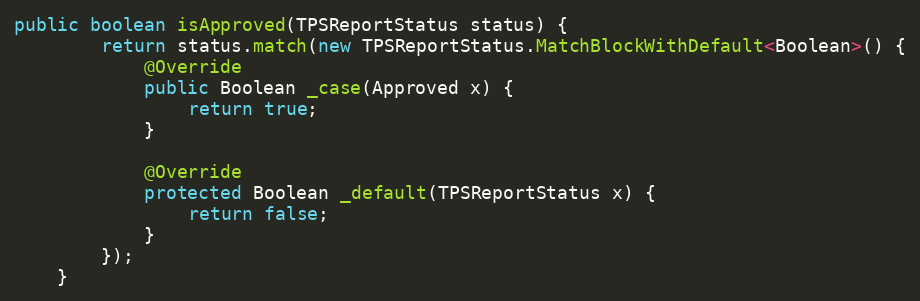
Language: Java
public boolean isApproved(TPSReportStatus status) {
        return status.match(new TPSReportStatus.MatchBlockWithDefault<Boolean>() {
            @Override
            public Boolean _case(Approved x) {
                return true;
            }

            @Override
            protected Boolean _default(TPSReportStatus x) {
                return false;
            }
        });
    }